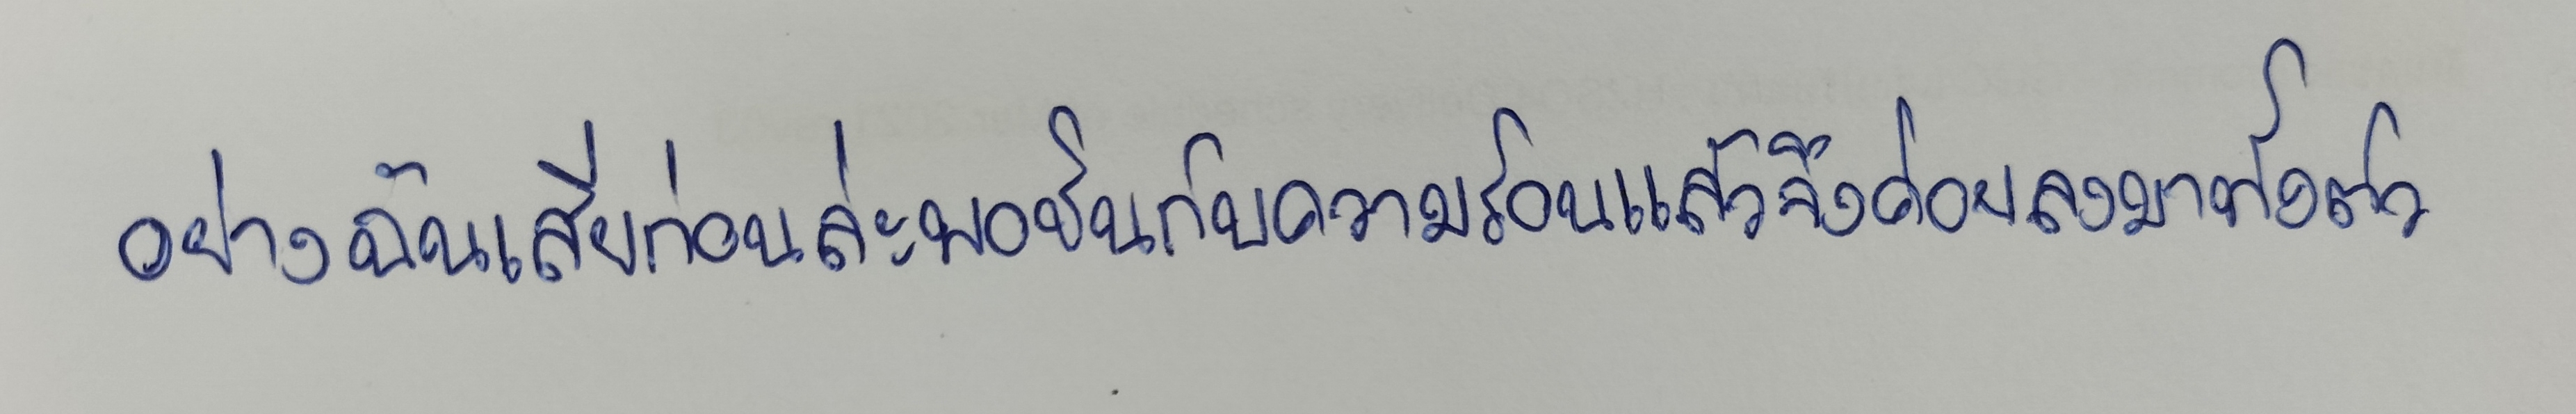
อย่างฉันเสียก่อนล่ะพอชินกับความร้อนแล้วจึงค่อยลงมาทั้งตัว